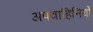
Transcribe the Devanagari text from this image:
अपवाहिनियों